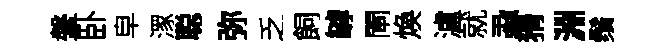
鞶卧皁潈聪弥乏飼罅閘煥瀘就蝨猾淵鬚